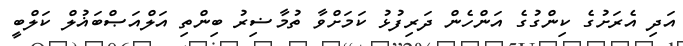
އަދި އެރަށުގެ ކިންގުގެ އަންހެން ދަރިފުޅު ކަމަށްވާ ތުމާޟިރު ބިންތި އަލްއަޞްބަޣުލް ކަލްބީ